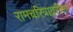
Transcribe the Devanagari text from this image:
रामचरित्राव्ररील